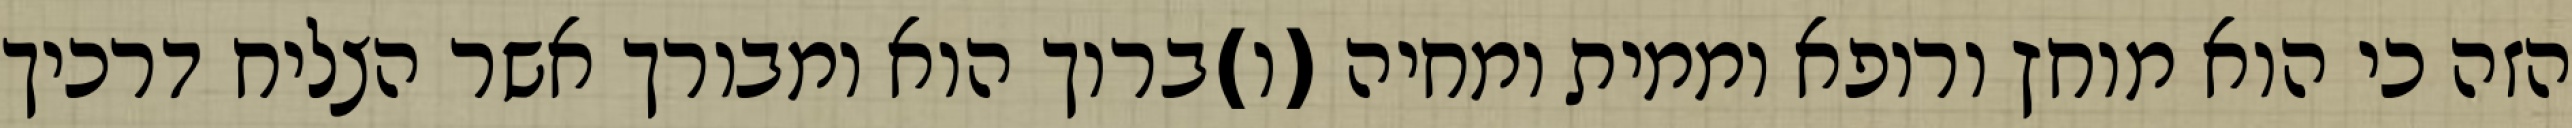
הזה כי הוא מוחץ ורופא וממית ומחיה (ו)ברוך הוא ומבורך אשר הצליח דרכיך